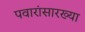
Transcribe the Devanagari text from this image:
पवारांसारख्या